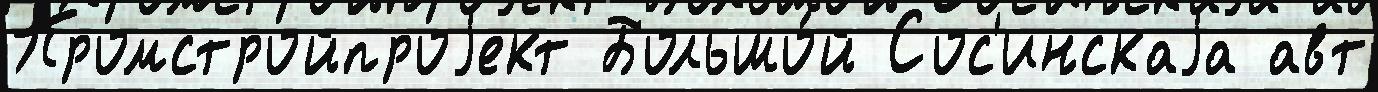
Промстройпроjект Большо́й Сос'инскаjа авт